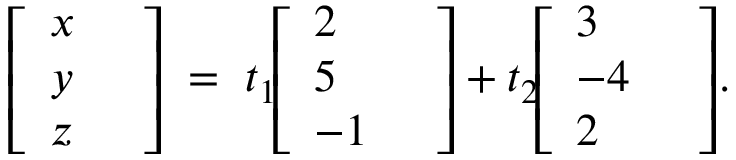
{ \left[ \begin{array} { l l } { x } & { } \\ { y } & { } \\ { z } & { } \end{array} \right] } \; = \; t _ { 1 } \! { \left[ \begin{array} { l l } { 2 } & { } \\ { 5 } & { } \\ { - 1 } & { } \end{array} \right] } + t _ { 2 } \! { \left[ \begin{array} { l l } { 3 } & { } \\ { - 4 } & { } \\ { 2 } & { } \end{array} \right] } .